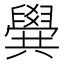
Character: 𠔹